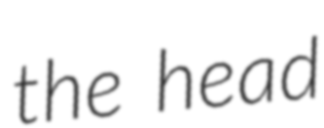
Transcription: the head